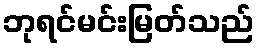
ဘုရင်မင်းမြတ်သည်